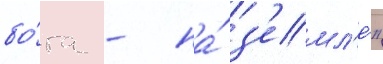
бо́га - на́ з'емл'е́"